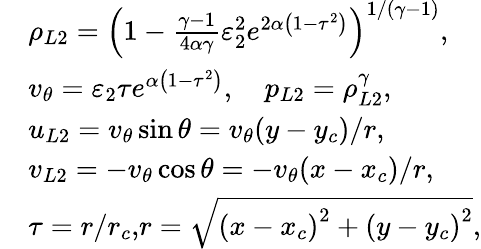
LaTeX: \begin{array}{rl}&{\rho_{L2}=\left(1-\frac{\gamma-1}{4\alpha\gamma}\varepsilon_{2}^{2}e^{2\alpha\left(1-\tau^{2}\right)}\right)^{1/(\gamma-1)},}\\ &{v_{\theta}=\varepsilon_{2}\tau e^{\alpha\left(1-\tau^{2}\right)},\quad p_{L2}=\rho_{L2}^{\gamma},}\\ &{u_{L2}=v_{\theta}\sin\theta=v_{\theta}(y-y_{c})/r,}\\ &{v_{L2}=-v_{\theta}\cos\theta=-v_{\theta}(x-x_{c})/r,}\\ &{\tau=r/r_{c}\mathrm{,}r=\sqrt{\left(x-x_{c}\right)^{2}+\left(y-y_{c}\right)^{2}},}\end{array}